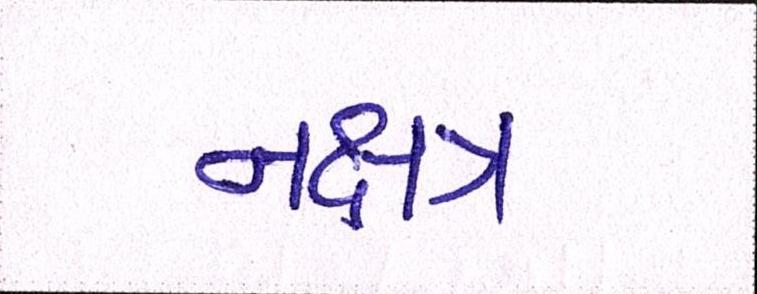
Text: નક્ષત્ર